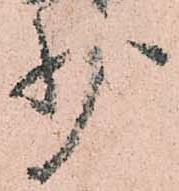
少